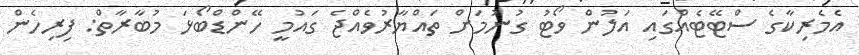
އެމެރިކާގެ ސްޓޭޓެއްގައި އަލުން ވޯޓު ގުނުމަށް ތައްޔާރުވެއްޖެ ގައުމީ ހޭންޑްބޯޅަ މުބާރާތް: ފިރިހެން